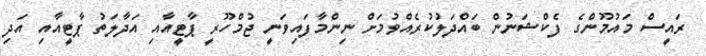
ރައީސް މައުމޫންގެ ފެކްޝަނުން ބައްދަލުކުރެއްވުމަށް ނިންމާފައިވަނީ ޖުމްހޫރީ ޕާޓީއާއި އަދާލަތު ޕާޓީއާއި އަދި